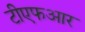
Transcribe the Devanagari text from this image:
टीएफआर